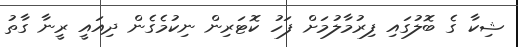
ޝިކާ ގެ ބޮލުގައި ފިރުމާލުމަށް ފަހު ކޮޓަރިން ނިކުމެގެން ދިއައީ ރީނާ ގާތު